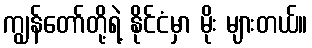
ကျွန်တော်တို့ရဲ့ နိုင်ငံမှာ မိုး များတယ်။